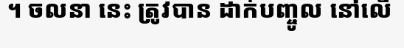
។ ចលនា នេះ ត្រូវបាន ដាក់បញ្ចូល នៅលើ